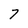
Character: 7